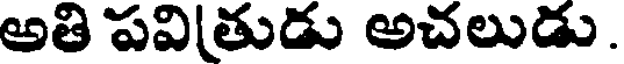
అతి పవి(తుడు అచలుడు.